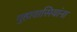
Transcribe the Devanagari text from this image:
गुहावासियांना